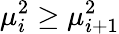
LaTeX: \mu_{i}^{2}\geq\mu_{i+1}^{2}